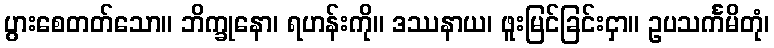
ပွားစေတတ်သော။ ဘိက္ခုနော၊ ရဟန်းကို။ ဒဿနာယ၊ ဖူးမြင်ခြင်းငှာ။ ဥပသင်္ကမိတုံ၊